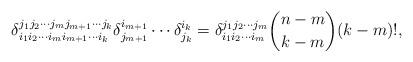
LaTeX: \begin{align*}\delta_{i_1i_2\cdots i_mi_{m+1}\cdots i_k}^{j_1j_2\cdots j_mj_{m+1}\cdots j_k}\delta^{i_{m+1}}_{j_{m+1}}\cdots\delta^{i_k}_{j_k} = \delta_{i_1i_2\cdots i_m}^{j_1j_2\cdots j_m}{n-m \choose k-m}(k-m)!,\end{align*}